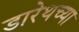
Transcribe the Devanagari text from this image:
डारेथच्या